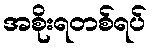
အစိုးရတစ်ရပ်